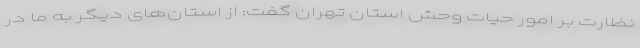
نظارت بر امور حیات وحش استان تهران گفت: از استان‌های دیگر به ما در